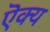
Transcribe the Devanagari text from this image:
ऎक्य